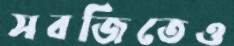
সবজিতেও